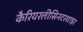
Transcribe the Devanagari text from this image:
कैरियरलीसिनटरशाइर